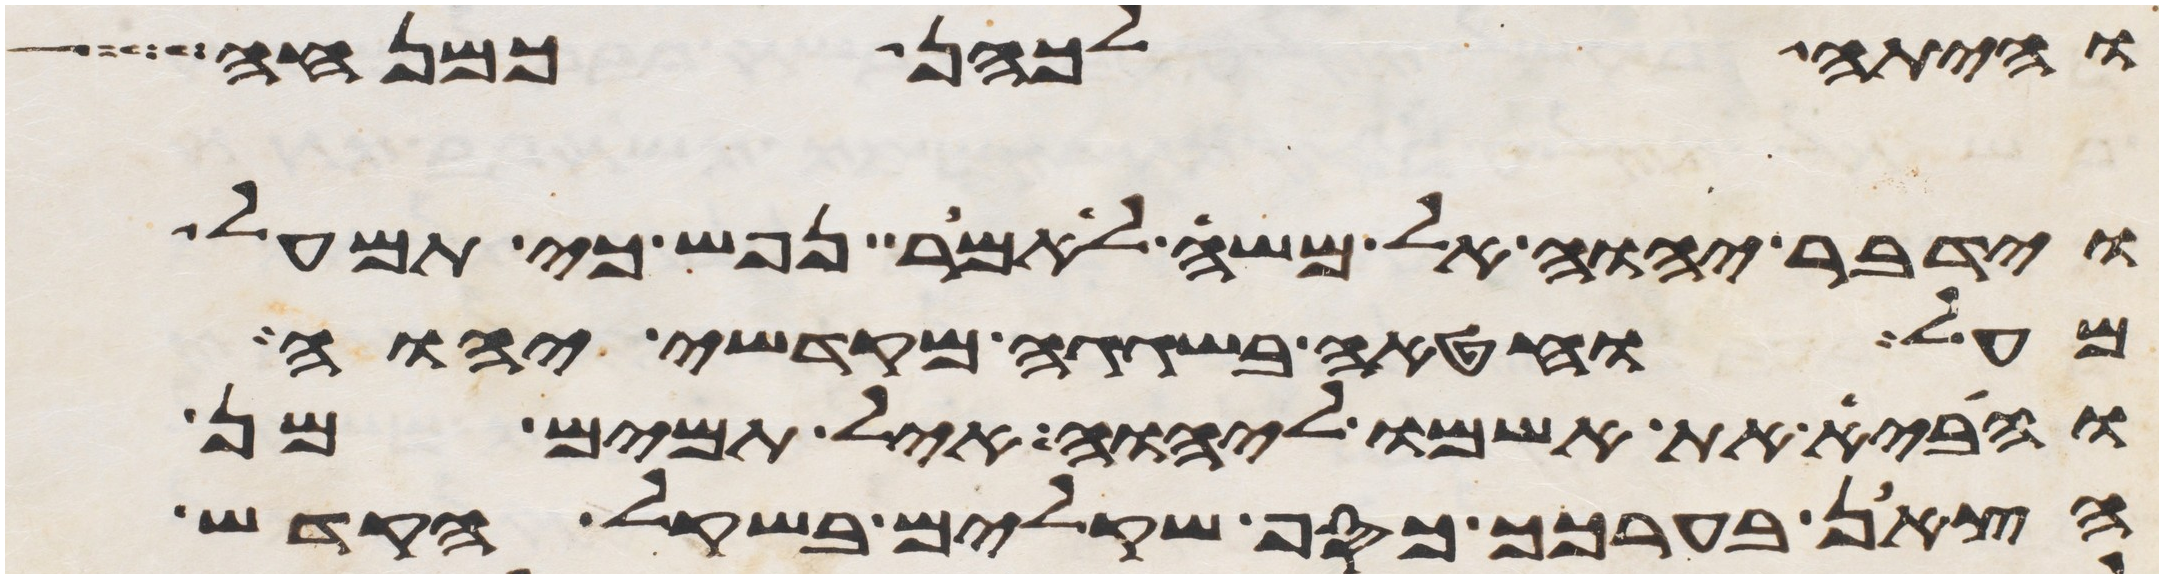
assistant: והיתה לכהן כמנחה
וידבר יהוה אל משה לאמר נפש כי תמעל
מעל וחטאה בשגגה מקדשי יהוה
והביא את אשמו ליהוה איל תמים מן
הצאן בערכך כסף שקלים בשקל הקדש